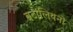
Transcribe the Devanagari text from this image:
बटालियनो